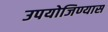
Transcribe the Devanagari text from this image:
उपयोजिण्यास